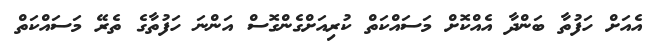
އެއަށް ހަފުތާ ބަންދާ އެއްކޮށް މަސައްކަތް ކުރިއަށްގެންގޮސް އަންނަ ހަފުތާގެ ތެރޭ މަސައްކަތް